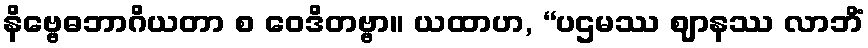
နိဗ္ဗေဓဘာဂိယတာ စ ဝေဒိတဗ္ဗာ။ ယထာဟ, “ပဌမဿ ဈာနဿ လာဘိံ